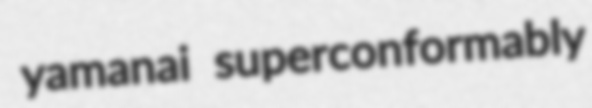
yamanai superconformably